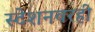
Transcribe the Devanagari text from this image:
स्टेशनवरही